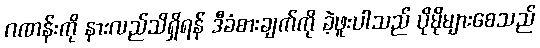
ဂဏန်းကို နားလည်သိရှိရန် ဒီခံစားချက်ကို ခဲ့ဖူးပါသည် ပိုမိုများစေသည်